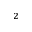
^ 2